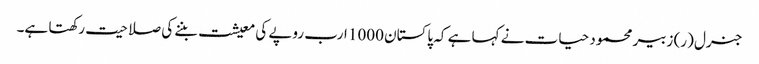
جنرل (ر) زبیر محمود حیات نے کہا ہے کہ پاکستان 1000 ارب روپے کی معیشت بننے کی صلاحیت رکھتا ہے۔